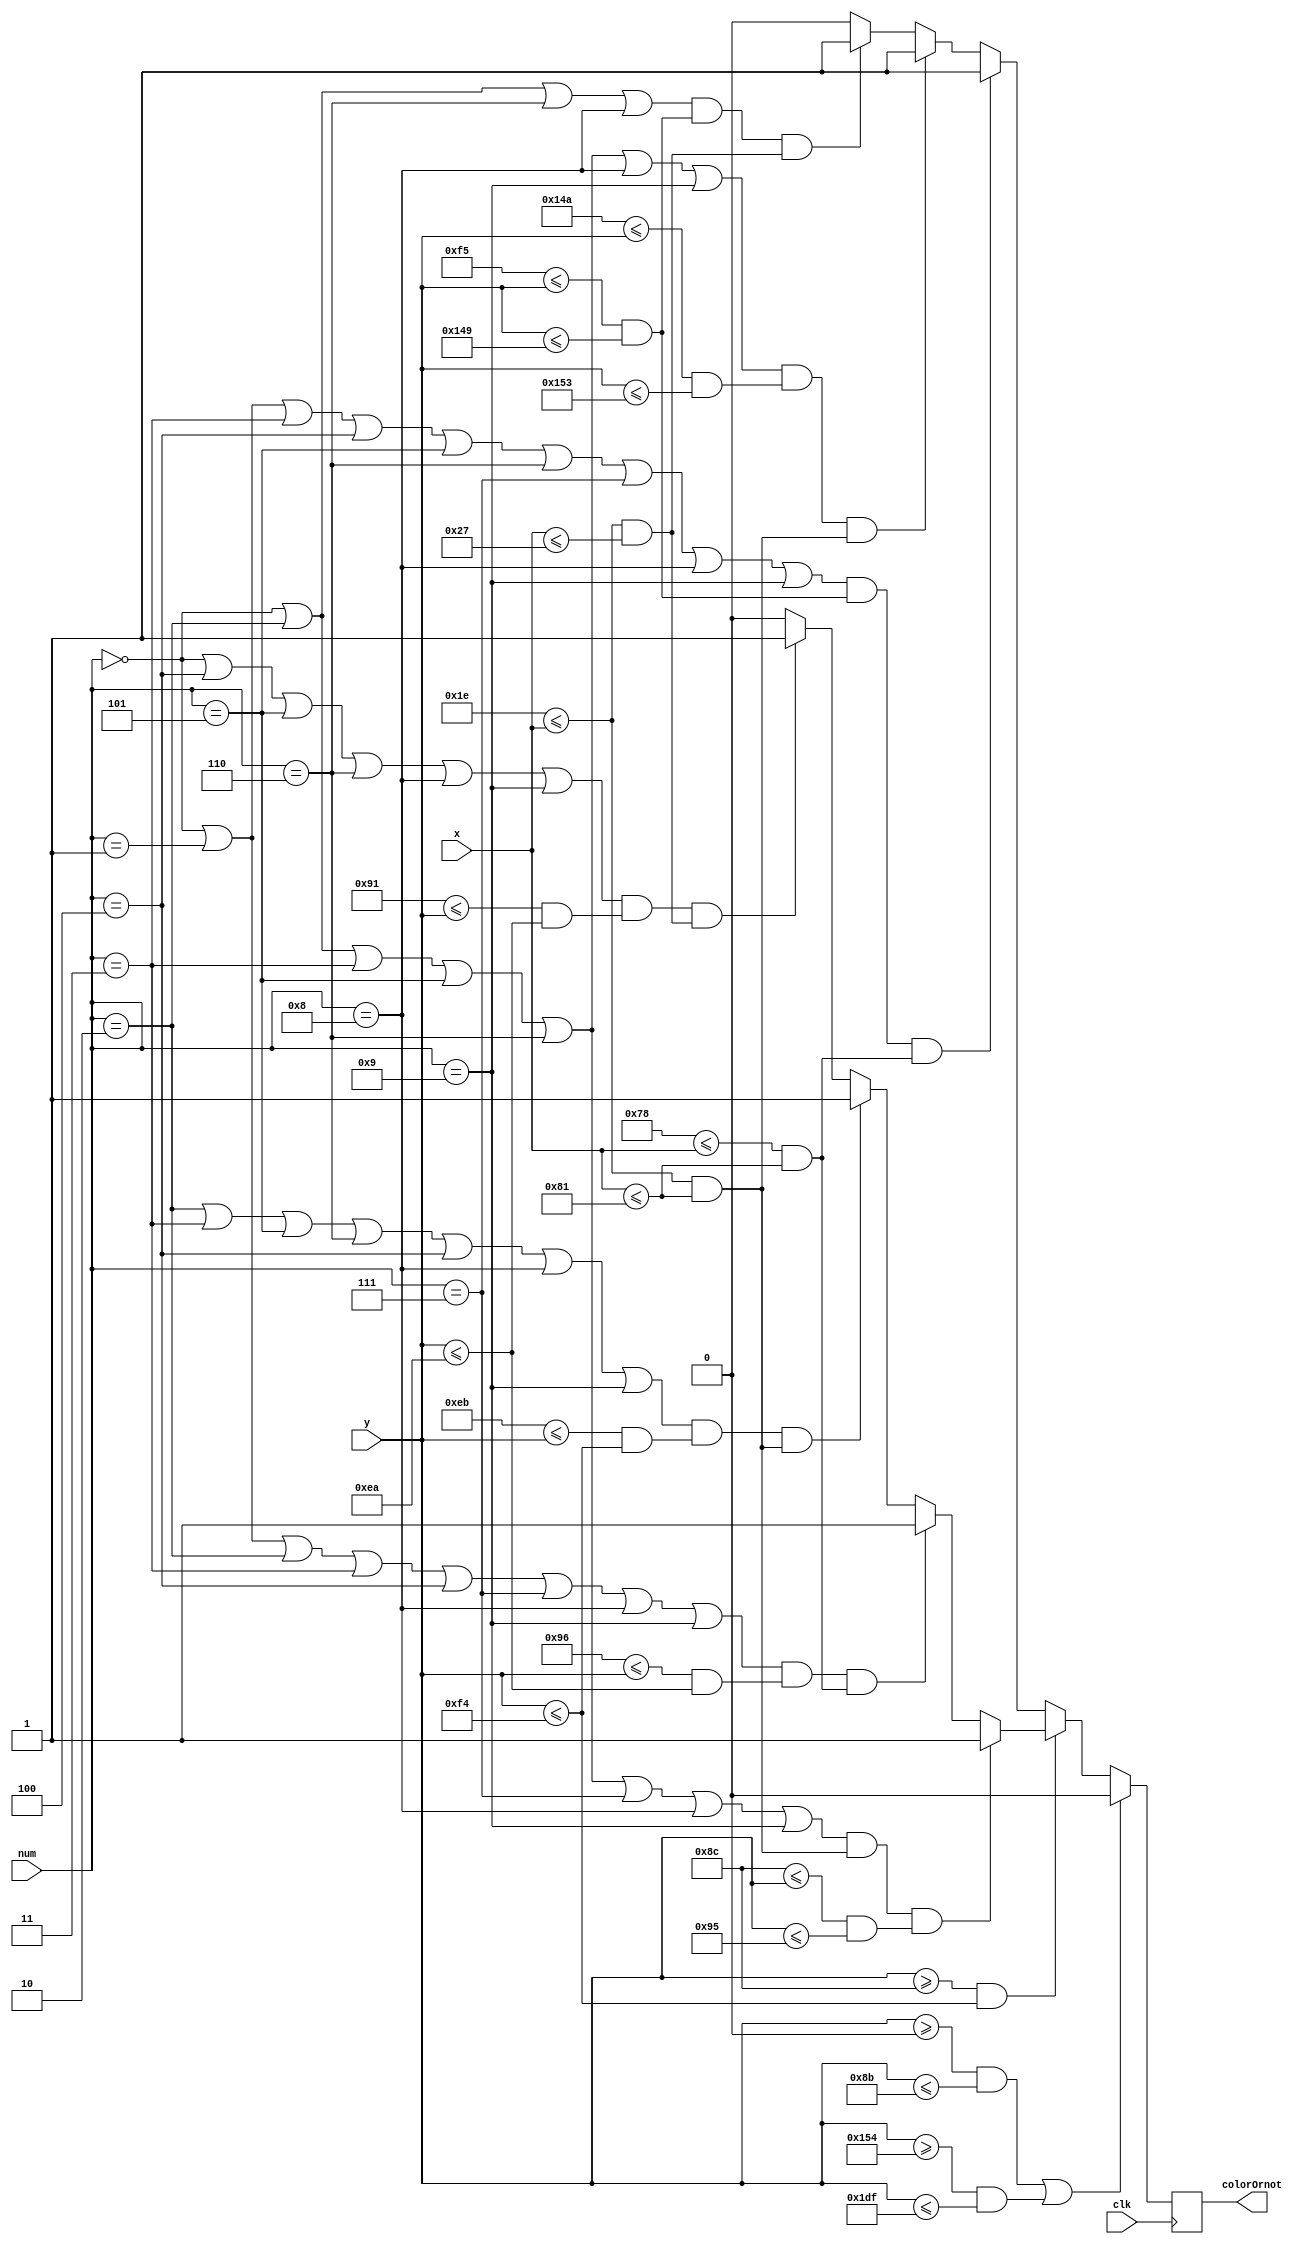
`timescale 1ns / 1ps
//////////////////////////////////////////////////////////////////////////////////
// Company: 
// Engineer: 
// 
// Design Name: 
// Module Name: vga_get
// Project Name: 
// Target Devices: 
// Tool Versions: 
// Description: 
// 
// Dependencies: 
// 
// Revision:
// Revision 0.01 - File Created
// Additional Comments:
// 
//////////////////////////////////////////////////////////////////////////////////


module vga_get(
input clk,
input [3:0]num,
input [10:0]x,
input [9:0]y,
output reg colorOrnot
);

always@(posedge clk)
     begin
        if((y>=0&&y<=139)||(y>=340&&y<=479))
                  colorOrnot=1'b0;
        else if(y>=140&&y<=244)
              begin
                 if((num==4'd0||num==4'd2||num==4'd3||num==4'd5||num==4'd6||num==4'd7||num==4'd8||num==4'd9)&&(11'd30<=x&&x<=11'd129)&&(10'd140<=y&&y<=10'd149))
                    colorOrnot=1'b1;
                 else if((num==4'd0||num==4'd1||num==4'd2||num==4'd3||num==4'd4||num==4'd7||num==4'd8||num==4'd9)&&(10'd150<=y&&y<=10'd234)&&(11'd120<=x&&x<=11'd129))
                    colorOrnot=1'b1;
                 else if((num==4'd2||num==4'd3||num==4'd5||num==4'd6||num==4'd4||num==4'd8||num==4'd9)&&(10'd235<=y&&y<=10'd244)&&(11'd30<=x&&x<=11'd129))
                    colorOrnot=1'b1;
                 else if((num==4'd0||num==4'd4||num==4'd5||num==4'd6||num==4'd8||num==4'd9)&&(10'd145<=y&&y<=10'd234)&&(11'd30<=x&&x<=11'd39))
                    colorOrnot=1'b1;
                 else colorOrnot=1'b0;
              end
        else begin
                 if((num==4'd0||num==4'd1||num==4'd3||num==4'd4||num==4'd5||num==4'd6||num==4'd7||num==4'd8||num==4'd9)&&(10'd245<=y&&y<=10'd329)&&(11'd120<=x&&x<=11'd129))
                    colorOrnot=1'b1;
                 else if((num==4'd0||num==4'd2||num==4'd3||num==4'd5||num==4'd6||num==4'd8||num==4'd9)&&(10'd330<=y&&y<=10'd339)&&(11'd30<=x&&x<=11'd129))
                    colorOrnot=1'b1;
                 else if((num==4'd0||num==4'd2||num==4'd6||num==4'd8)&&(10'd245<=y&&y<=10'd329)&&(11'd30<=x&&x<=11'd39))
                    colorOrnot=1'b1;
                 else colorOrnot=1'b0;
              end


    end
    
       
    
endmodule